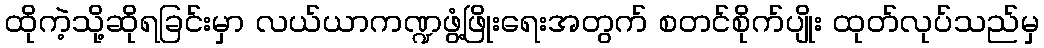
ထိုကဲ့သို့ဆိုရခြင်းမှာ လယ်ယာကဏ္ဍဖွံ့ဖြိုးရေးအတွက် စတင်စိုက်ပျိုး ထုတ်လုပ်သည်မှ